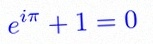
e^{i\pi}+1=0